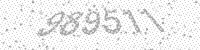
Solution: 989511